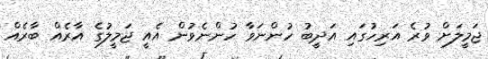
ޖަމީލަށް ވުރެ އަރިހުގައި އަދީބު ހުންނަވާ ހުންނެވުން އެއީ ޖަމީލުގެ އާރެއް ބާރެއް